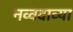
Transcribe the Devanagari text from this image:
नव्वदाव्या